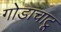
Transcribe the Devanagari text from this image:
गोडाचाटू